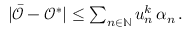
\begin{array} { r } { \vert \bar { \mathcal { O } } - \mathcal { O } ^ { * } \vert \leq \sum _ { n \in \mathbb { N } } u _ { n } ^ { k } \, \alpha _ { n } \, . } \end{array}